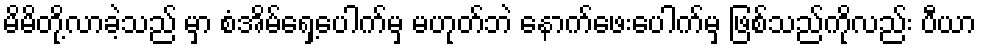
မိမိတို့လာခဲ့သည် မှာ စံအိမ်ရှေ့ပေါက်မှ မဟုတ်ဘဲ နောက်ဖေးပေါက်မှ ဖြစ်သည်ကိုလည်း ပီယာ